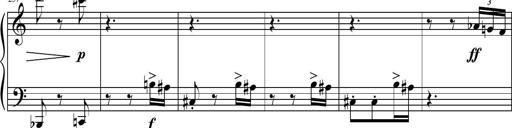
Title: Petite Sonatine
Composer: Richard St. Clair